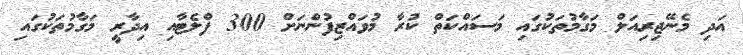
އަދި މެނޭޖިރިއަލް މަގާމުތަކުގައި މަސައްކަތް ކުރާ މުވައްޒިފުންނަށް 300 ފްލެޓާއި އިދާރީ މަގާމުތަކުގައި